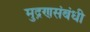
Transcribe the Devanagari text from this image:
मुद्रणसंबंधी